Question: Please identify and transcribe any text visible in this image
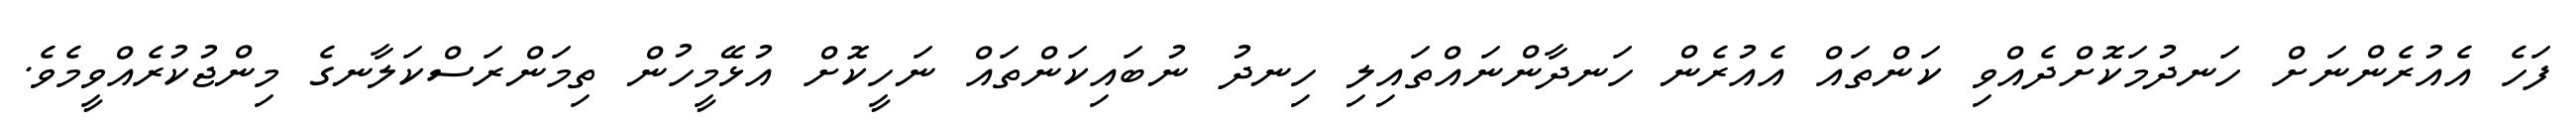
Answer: ފަހެ އެއުރެންނަށް ހަނދުމަކޮށްދެއްވި ކަންތައް އެއުރެން ހަނދާންނައްތައިލި ހިނދު ނުބައިކަންތައް ނަހީކޮށް އުޅޭމީހުން ތިމަންރަސްކަލާނގެ މިންޖުކުރެއްވީމެވެ.